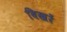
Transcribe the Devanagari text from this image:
बिखरें